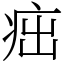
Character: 㽾